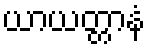
ယာယတ္တာနံ